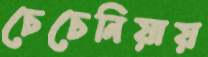
চেচেনিয়ায়